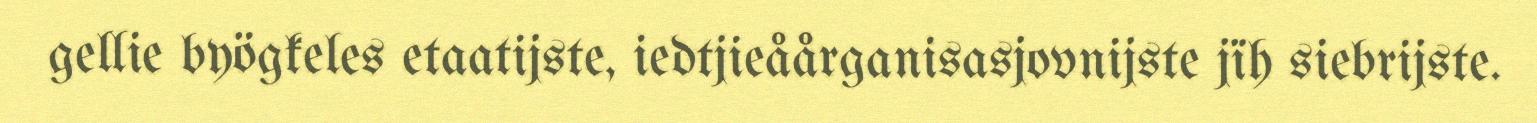
gellie byögkeles etaatijste, iedtjieåårganisasjovnijste jïh siebrijste.